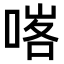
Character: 𠸉